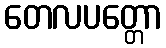
တေလပတ္တော